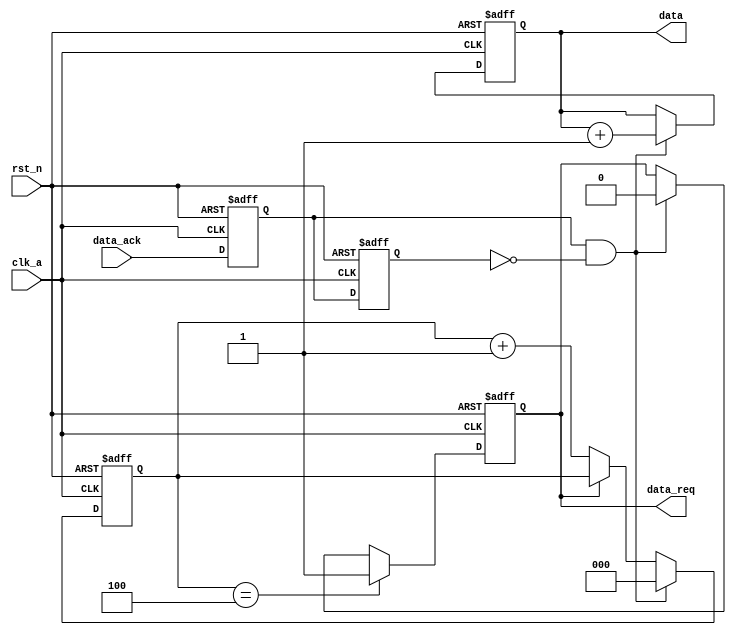
/*
clk_aclk_b
0-75

data_reqdata_ack
data_req
data_outdata
data_reqdatadata_ack
data_ack
data_reqdatadata_req
*/

`timescale 1ns/1ns
module data_driver( //
	input clk_a,
	input rst_n,
	input data_ack,
	output reg [3:0]data,
	output reg data_req
	);
    
    reg data_ack_reg1,data_ack_reg2;
    reg [2:0]cnt;
    always@(posedge clk_a or negedge rst_n)
        begin
            if(!rst_n) cnt<=0;
            else if(data_ack_reg1 & !data_ack_reg2) cnt<=0;
            // ack
            else if(data_req) cnt<=cnt;
            else cnt<=cnt+1;
        end
    
    always@(posedge clk_a or negedge rst_n)
        begin
            if(!rst_n) {data_ack_reg1,data_ack_reg2}=2'b00;
            else {data_ack_reg1,data_ack_reg2} = {data_ack,data_ack_reg1};
        end
    
     always@(posedge clk_a or negedge rst_n)
        begin
            if(!rst_n) data<=0;
            else if(data_ack_reg1 & !data_ack_reg2) data <= data+1;
            else data<=data;
        end
    
    always@(posedge clk_a or negedge rst_n)
        begin
            if(!rst_n) data_req<=0;
            else if(cnt==3'd4) data_req<=1;
            else if(data_ack_reg1 & !data_ack_reg2) data_req <= 0;
            else data_req<=data_req;
        end
    
                                            
endmodule


module data_receiver( //
    input clk_b,
    input rst_n,
    input [3:0]data,
    input data_req,
    output reg data_ack
);
    reg data_req_reg1,data_req_reg2;
    reg [3:0]data_reg;
    
    always@(posedge clk_b or negedge rst_n)
        begin
            if(!rst_n) {data_req_reg1,data_req_reg2}=2'b00;
            else {data_req_reg1,data_req_reg2} = {data_req,data_req_reg1};
        end
    
    always@(posedge clk_b or negedge rst_n)
        begin
            if(!rst_n) data_ack<=0;
            else if (data_req_reg1 & !data_req_reg2) data_ack<=1;
            // data_req
        end
    
    always@(posedge clk_b or negedge rst_n)
        begin
            if(!rst_n) data_reg<=0;
            else if (data_req_reg1 & !data_req_reg2) data_reg<=data;
            // data_req
        end
    
endmodule